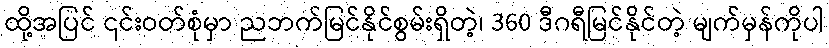
ထို့အပြင် ၎င်းဝတ်စုံမှာ ညဘက်မြင်နိုင်စွမ်းရှိတဲ့၊ 360 ဒီဂရီမြင်နိုင်တဲ့ မျက်မှန်ကိုပါ